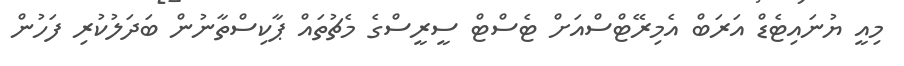
މިއީ ޔުނައިޓެޑް އަރަބް އެމިރޭޓްސްއަށް ޓެސްޓް ސީރީސްގެ މެޗުތައް ޕާކިސްތާނުން ބަދަލުކުރި ފަހުން